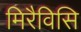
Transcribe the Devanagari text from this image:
मिरैविसि